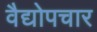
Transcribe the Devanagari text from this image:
वैद्योपचार